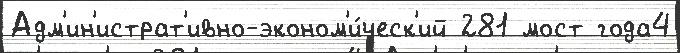
Адм'ин'истрат'ивно-эконом'и́ческ'ий 281 мост года4